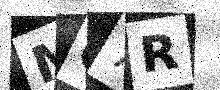
Text: MG7R